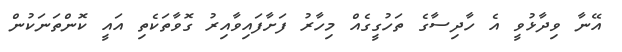
އޭނާ ވިދާޅުވީ އެ ހާދިސާގެ ތަހުގީގެއް މިހާރު ފަށާފައިވާއިރު ގޮވާތަކެތި އައީ ކޮންތަނަކުން